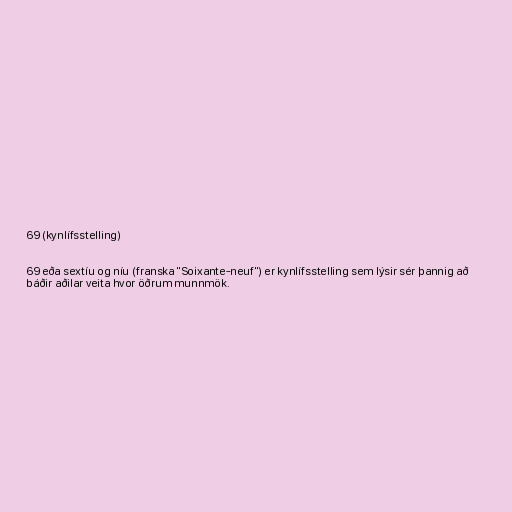
69 (kynlífsstelling)

69 eða sextíu og níu (franska "Soixante-neuf") er kynlífsstelling sem lýsir sér þannig að
báðir aðilar veita hvor öðrum munnmök.